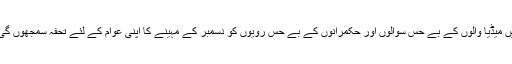
میں میڈیا والوں کے بے حس سوالوں اور حکمرانوں کے بے حس رویوں کو دسمبر کے مہینے کا اپنی عوام کے لئے تحفہ سمجھوں گی ۔